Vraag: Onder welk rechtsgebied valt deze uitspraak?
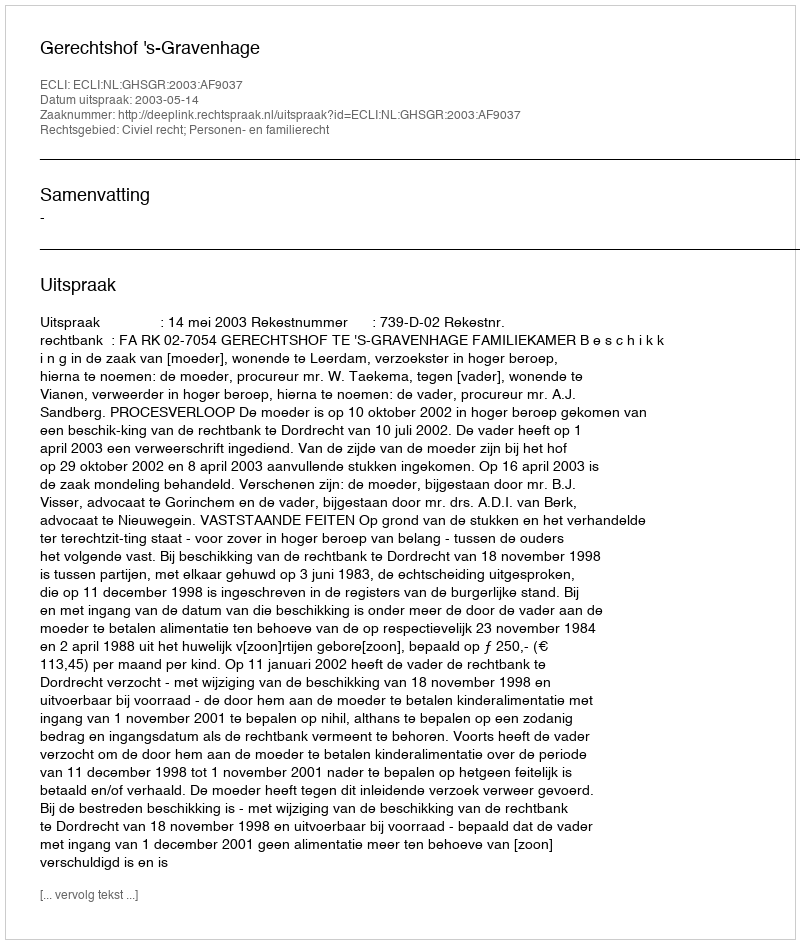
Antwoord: Civiel recht; Personen- en familierecht